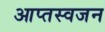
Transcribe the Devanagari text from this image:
आप्तस्वजन